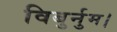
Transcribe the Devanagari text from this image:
विबुर्नुम।